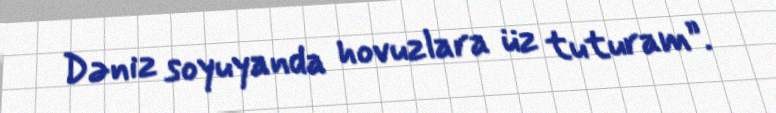
Dəniz soyuyanda hovuzlara üz tuturam”.